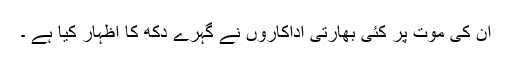
ان کی موت پر کئی بھارتی اداکاروں نے گہرے دکھ کا اظہار کیا ہے ۔